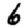
Digit: 6